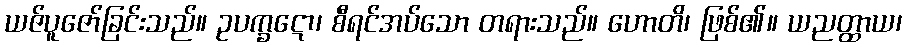
ယဇ်ပူဇော်ခြင်းသည်။ ဥပက္ခဋော၊ စီရင်အပ်သော တရားသည်။ ဟောတိ၊ ဖြစ်၏။ ယညတ္ထာယ၊